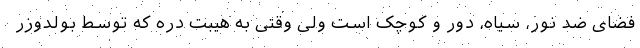
فضای ضد نور، سیاه، دور و کوچک است ولی وقتی به هیبت دره که توسط بولدوزر